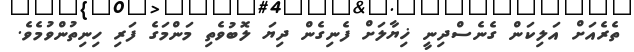
ތެރެއަށް އަލިކަން ގެނެސްދިނީ ޚިޔާލަށް ފެނިގެން ދިޔަ ލޮބުވެތި މަންމަގެ ފަރި ހިނިތުންވުމެވެ.